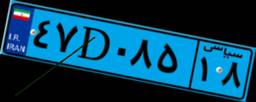
۶۵D۷۲۹۱۸